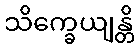
သိက္ခေယျန္တိ